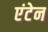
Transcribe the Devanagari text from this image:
एंटेन